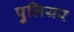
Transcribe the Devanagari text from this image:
पुलियर